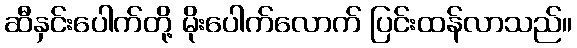
ဆီနှင်းပေါက်တို့ မိုးပေါက်လောက် ပြင်းထန်လာသည်။